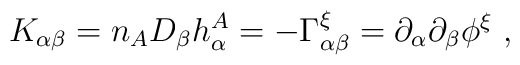
K_{\alpha\beta} = n_AD_\beta h^A_\alpha = -\Gamma^\xi_{\alpha\beta}= \partial_\alpha\partial_\beta \phi^\xi ~,